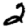
Digit: 2